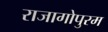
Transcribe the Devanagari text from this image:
राजागोपुरम